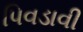
પિવડાવી